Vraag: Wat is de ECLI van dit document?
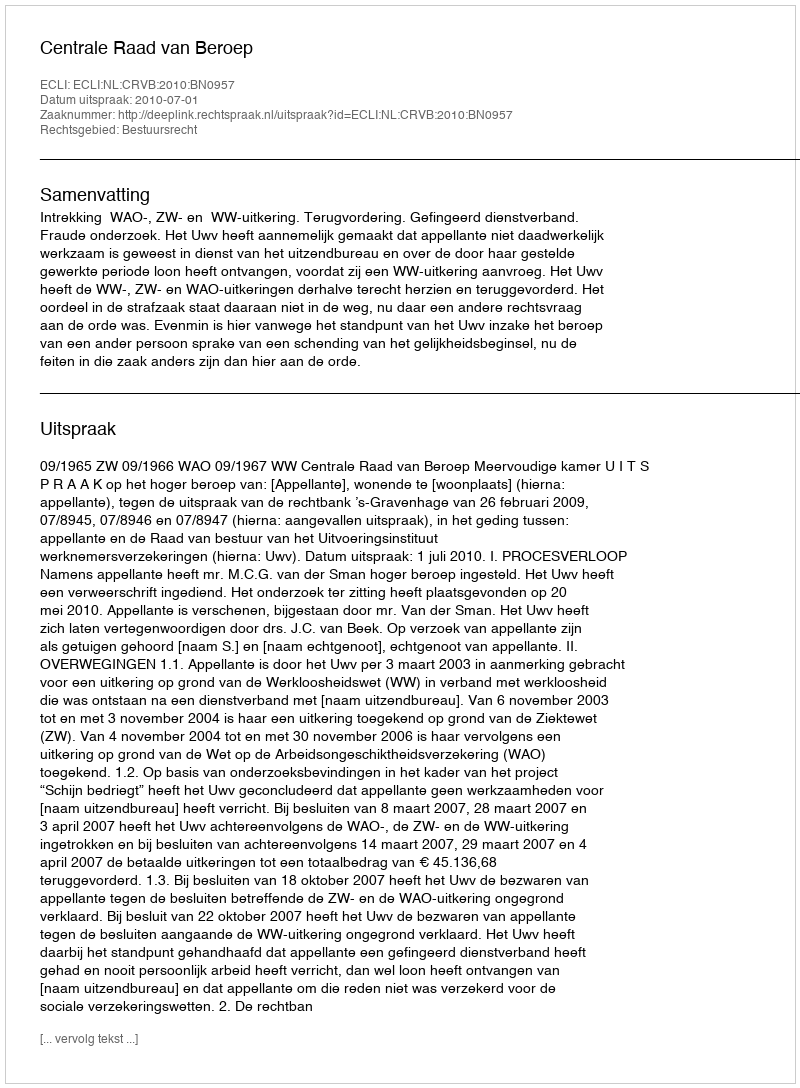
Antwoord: ECLI:NL:CRVB:2010:BN0957